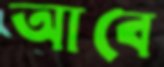
আবে